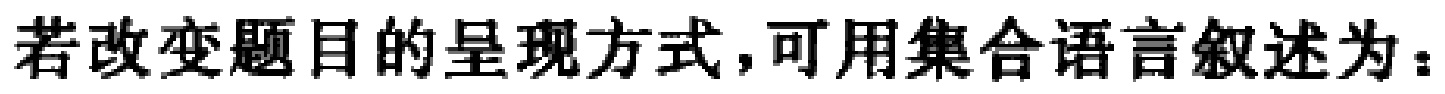
若改变题目的呈现方式，可用集合语言叙述为：